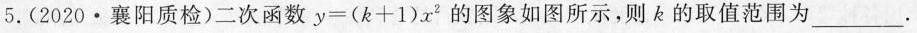
5.(2020·襄阳质检)二次函数$$y =